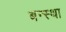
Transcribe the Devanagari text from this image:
बन्स्था